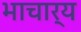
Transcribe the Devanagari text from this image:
भाचार्य